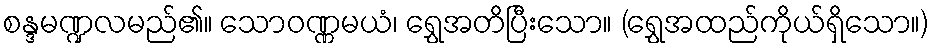
စန္ဒမဏ္ဍလမည်၏။ သောဝဏ္ဏမယံ၊ ရွှေအတိပြီးသော။ (ရွှေအထည်ကိုယ်ရှိသော။)